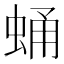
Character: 蛹